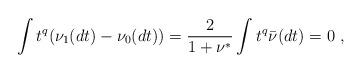
LaTeX: \begin{align*} \int t^q (\nu_1(dt)-\nu_0(dt))= \frac{2}{1+\nu^*}\int t^q \bar{\nu}^{}(dt)= 0\ ,\end{align*}